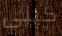
كيلى